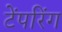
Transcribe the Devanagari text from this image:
टेंपरिंग